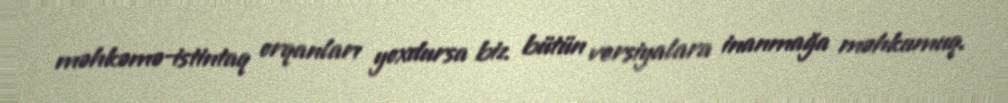
məhkəmə-istintaq orqanları yoxdursa biz bütün versiyalara inanmağa məhkumuq.